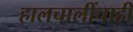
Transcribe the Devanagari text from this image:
हालचालींचाही